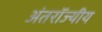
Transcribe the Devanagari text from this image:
अंतरॉज्यीय